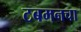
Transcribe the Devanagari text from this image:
टबमनचा